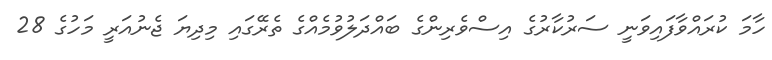
ހާމަ ކުރައްވާފައިވަނީ ސަރުކާރުގެ އިސްވެރިންގެ ބައްދަލުވުމެއްގެ ތެރޭގައި މިދިޔަ ޖެނުއަރީ މަހުގެ 28